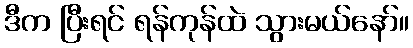
ဒီက ပြီးရင် ရန်ကုန်ထဲ သွားမယ်နော်။